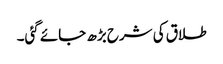
طلاق کی شرح بڑھ جائے گئی۔